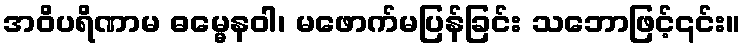
အဝိပရိဏာမ ဓမ္မေနဝါ၊ မဖောက်မပြန်ခြင်း သဘောဖြင့်၎င်း။